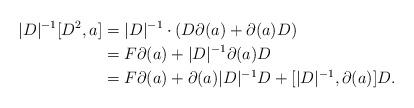
LaTeX: \begin{align*} |D|^{-1}[D^2,a] &= |D|^{-1}\cdot(D\partial(a)+\partial(a)D)\\ &= F\partial(a)+|D|^{-1}\partial(a)D\\ &= F\partial(a)+\partial(a)|D|^{-1}D+[|D|^{-1},\partial(a)]D. \end{align*}